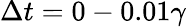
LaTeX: \Delta t=0-0.01\gamma